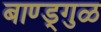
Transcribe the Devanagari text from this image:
बाण्ड्गुळ